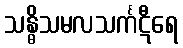
သန္ဓိသမလသင်္ကဋီရေ